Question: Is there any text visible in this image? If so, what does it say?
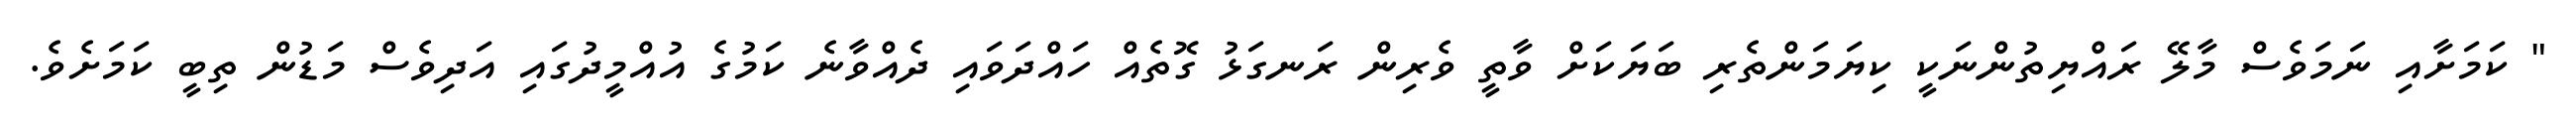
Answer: " ކަމަށާއި ނަމަވެސް މާލޭ ރައްޔިތުންނަކީ ކިޔަމަންތެރި ބަޔަކަށް ވާތީ ވެރިން ރަނގަޅު ގޮތެއް ހައްދަވައި ދެއްވާނެ ކަމުގެ އުއްމީދުގައި އަދިވެސް މަޑުން ތިބީ ކަމަށެވެ.